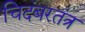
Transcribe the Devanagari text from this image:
चिदंबरतंत्र